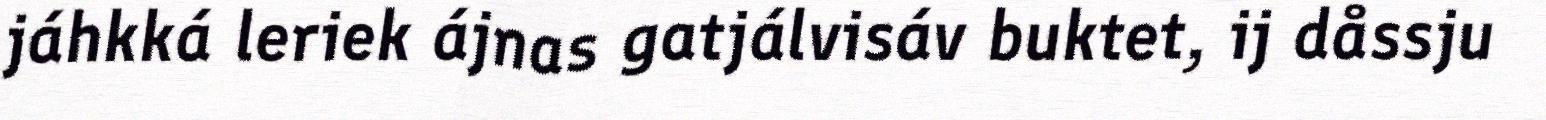
jáhkká leriek ájnas gatjálvisáv buktet, ij dåssju